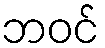
ဘဝင်